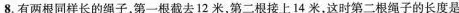
8.有两根同样长的绳子，第一根截去12米，第二根接上14米，这时第二根绳子的长度是